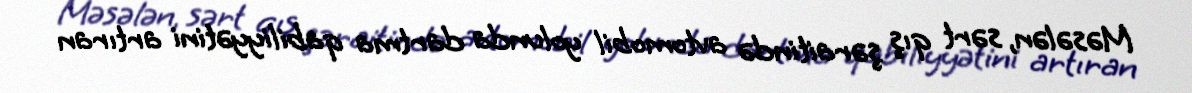
Məsələn, sərt qış şəraitində avtomobil yolunda dartma qabiliyyətini artıran